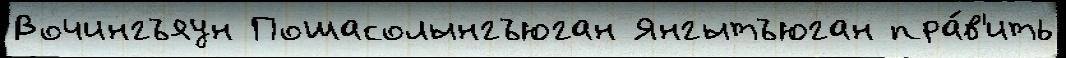
Вочингъяун Пошасолынгъюган Янгытъюган пра́в'ить